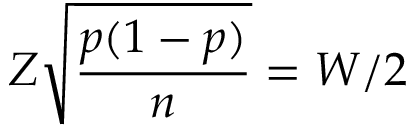
Z { \sqrt { \frac { p ( 1 - p ) } { n } } } = W / 2